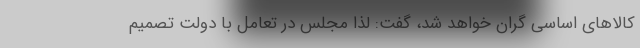
کالاهای اساسی گران خواهد شد، گفت: لذا مجلس در تعامل با دولت تصمیم